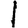
Digit: 1